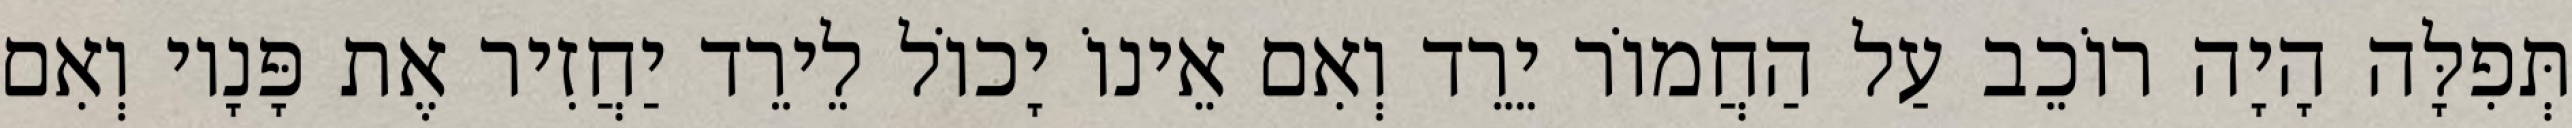
תְּפִלָּה הָיָה רוֹכֵב עַל הַחֲמוֹר יֵרֵד וְאִם אֵינוֹ יָכוֹל לֵירֵד יַחֲזִיר אֶת פָּנָיו וְאִם